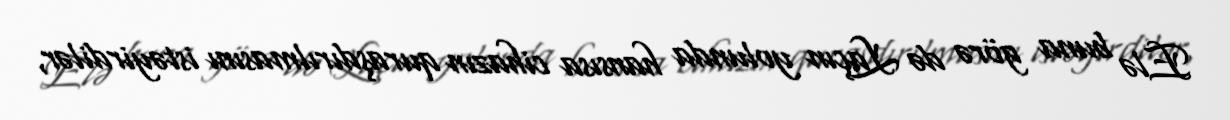
Elə buna görə də Laçın yolunda hansısa cihazın quraşdırılmasını istəyirdilər,